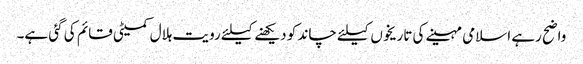
واضح رہے اسلامی مہینے کی تاریخوں کیلئے چاند کو دیکھنے کیلئے رویت ہلال کمیٹی قائم کی گئی ہے۔